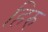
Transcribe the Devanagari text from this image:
हिरु